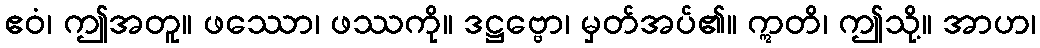
ဧဝံ၊ ဤအတူ။ ဖဿော၊ ဖဿကို။ ဒဋ္ဌဗ္ဗော၊ မှတ်အပ်၏။ ဣတိ၊ ဤသို့။ အာဟ၊